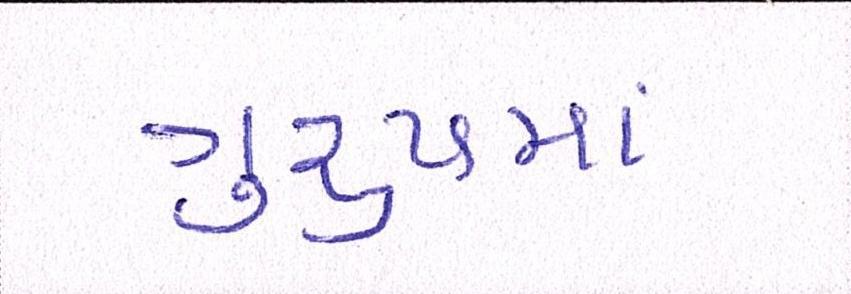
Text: ગુ્રપમાં